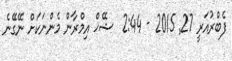
ފެބްރުއަރީ 27